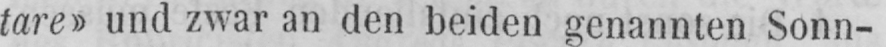
tare» und zwar an den beiden genannten Sonn-